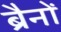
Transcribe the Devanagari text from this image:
ब्रैनों